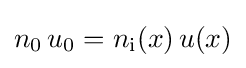
n_{0}\,u_{0}=n_{\mathrm {i} }(x)\,u(x)